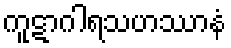
ကူဋာဂါရသဟဿာနံ